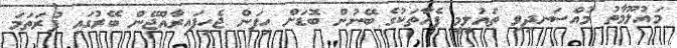
މައުލޫމާތު މުއްސަނދިވި ތައުލީމީ ފެއާތަކުގެ ބޭނުން ބޮޑަށް ހިފަން ޖެހިފައިރާއްޖޭން ބޭރުގައި ފުރަތަމަ